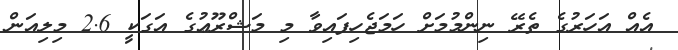
އެއް އަހަރުގެ ތެރޭ ނިންމުމަށް ހަމަޖެހިފައިވާ މި މަޝްރޫޢުގެ އަގަކީ 2.6 މިލިއަން